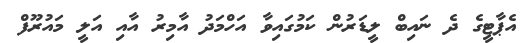
އެޕާޓީގެ ދެ ނައިބް ލީޑަރުން ކަމުގައިވާ އަހްމަދު އާމިރު އާއި އަލީ މައުރޫފް